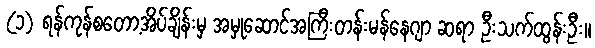
(၁) ရန်ကုန်စတော့အိပ်ချိန်းမှ အမှုဆောင်အကြီးတန်းမန်နေဂျာ ဆရာ ဦးသက်ထွန်းဦး။